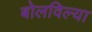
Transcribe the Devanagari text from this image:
बोलविल्या